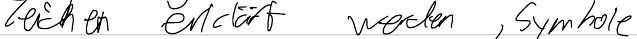
Zeichen erklärt werden, Symbole